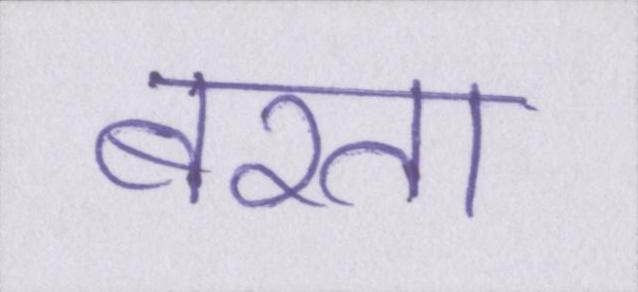
बरता